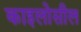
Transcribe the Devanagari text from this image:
काइलोसील